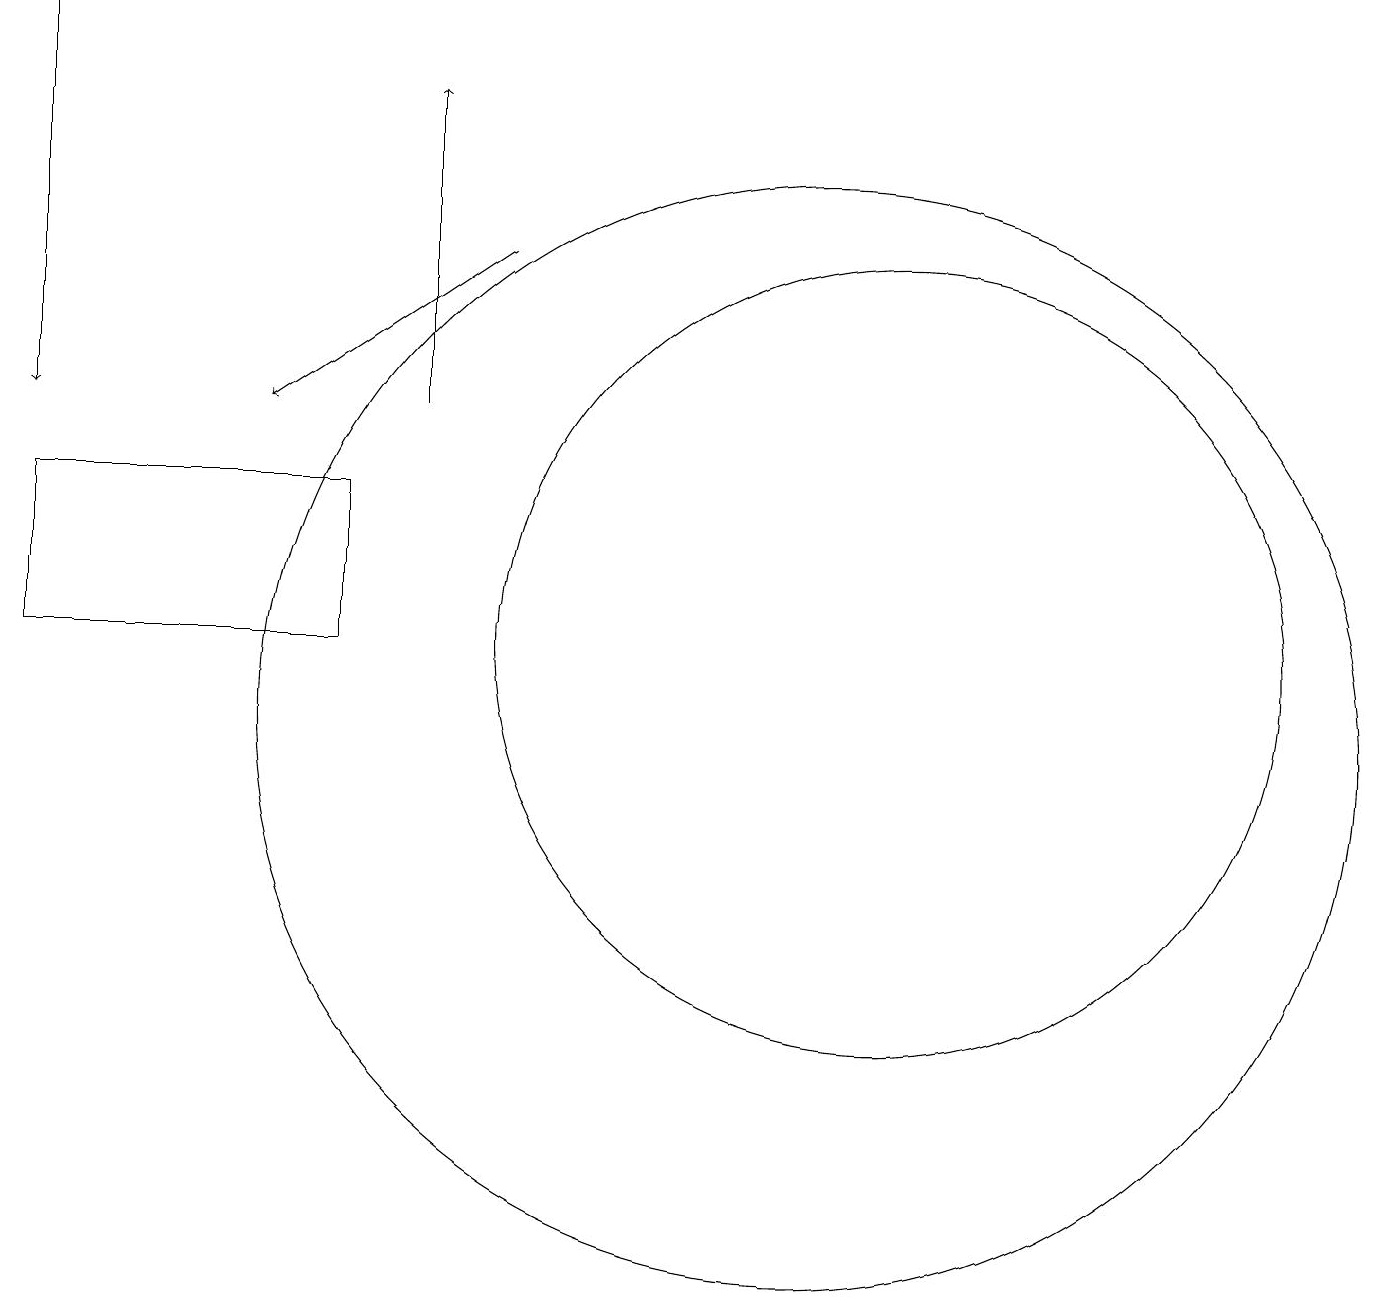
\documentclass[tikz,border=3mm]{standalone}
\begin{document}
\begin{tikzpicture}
\draw[->] (1,19) -- (1,14);
\draw[->] (7,16) -- (4,14);
\draw (5,13) rectangle (1,11);
\draw[->] (6,14) -- (6,18);
\draw (11,10) circle (7);
\draw (12,11) circle (5);
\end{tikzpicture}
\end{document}